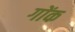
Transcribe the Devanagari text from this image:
गोंक